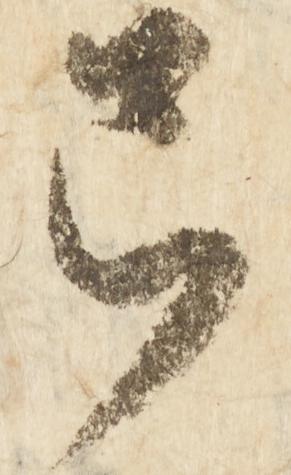
弓